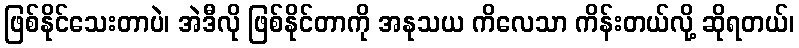
ဖြစ်နိုင်သေးတာပဲ၊ အဲဒီလို ဖြစ်နိုင်တာကို အနုသယ ကိလေသာ ကိန်းတယ်လို့ ဆိုရတယ်၊